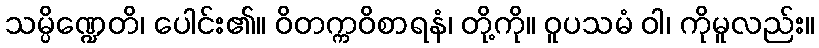
သမ္ပိဏ္ဍေတိ၊ ပေါင်း၏။ ဝိတက္ကဝိစာရနံ၊ တို့ကို။ ဝူပသမံ ဝါ၊ ကိုမူလည်း။